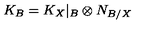
K _ { B } = K _ { X } | _ { B } \otimes N _ { B / X }